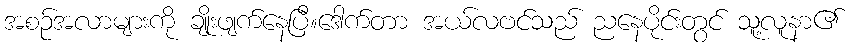
အစဉ်အလာများကို ချိုးဖျက်နေပြီ။ဒေါက်တာ အယ်လဗင်သည် ညနေပိုင်းတွင် သူ့လူနာ၏